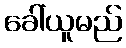
ခေါ်ယူမည်